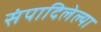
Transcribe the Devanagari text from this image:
संपादिलेल्या